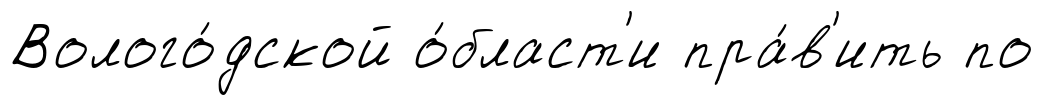
Волого́дской о́бласт'и пра́в'ить по